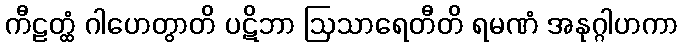
ကီဠတ္ထံ ဂါဟေတွာတိ ပဋိဘာ ဩသာရေတီတိ ရမဏံ အနုဂ္ဂါဟကာ